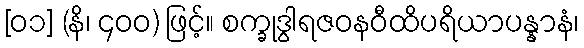
[၀၁] (နိ၊ ၄၀၀) ဖြင့်။ စက္ခုဒွါရဇဝနဝီထိပရိယာပန္နာနံ၊